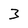
Character: 3